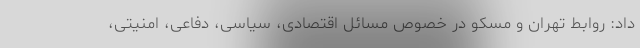
داد: روابط تهران و مسکو در خصوص مسائل اقتصادی، سیاسی، دفاعی، امنیتی،